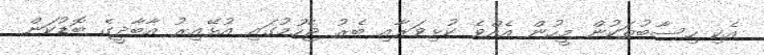
އެކި ހިސާބުތަކުން މީހުން އެއްވެ ކުޅިވަރާއި ބެރު ޖެހުމުގައި އުޅޭއިރު އާބާދީގެ ބޮޑުކަން